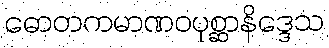
ဓောတကမာဏဝပုစ္ဆာနိဒ္ဒေသ